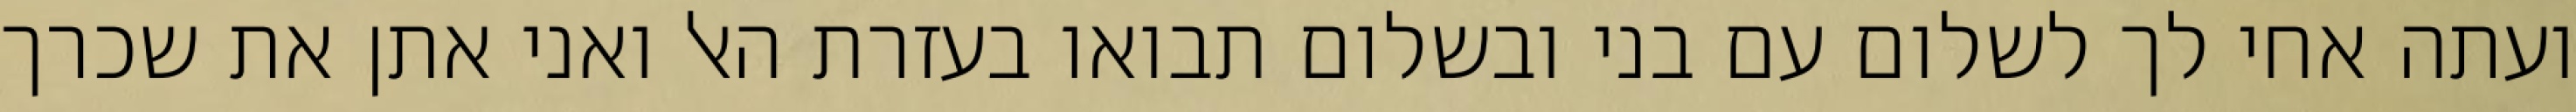
ועתה אחי לך לשלום עם בני ובשלום תבואו בעזרת האל ואני אתן את שכרך